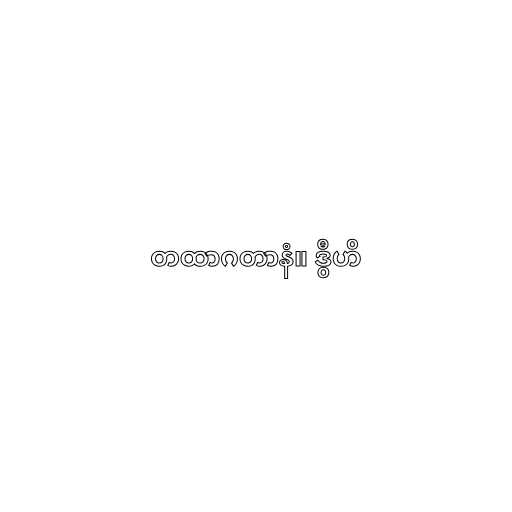
တထာဂတာနံ။ ဒွီဟိ